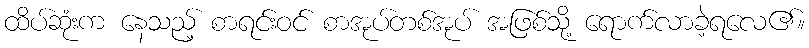
ထိပ်ဆုံးက နေသည့် စာရင်းဝင် စာအုပ်တစ်အုပ် အဖြစ်သို့ ရောက်လာခဲ့ရလေ၏။